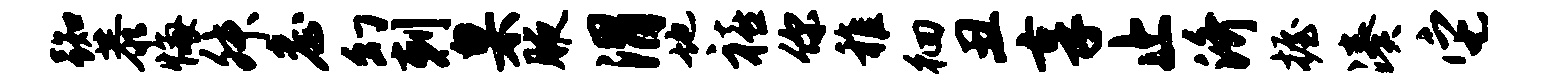
踟恭悔舛詹幻剌臬腋渭地禧你稚徊丑享止济握凑它